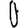
Digit: 0